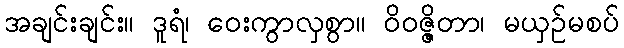
အချင်းချင်း။ ဒူရံ၊ ဝေးကွာလှစွာ။ ဝိဝဇ္ဇိတာ၊ မယှဉ်မစပ်